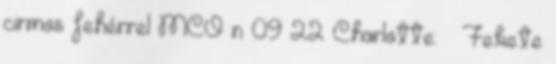
cirmos fehérrel MCO n 09 22 Charlotte: ♀ Fekete